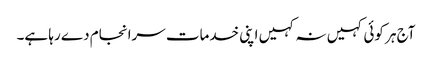
آج ہر کوئی کہیں نہ کہیں اپنی خدمات سرانجام دے رہا ہے۔